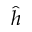
\hat { h }